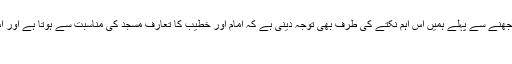
امام اور خطیب کی ذمہ داری سمجھنے سے پہلے ہمیں اس اہم نکتے کی طرف بھی توجہ دینی ہے کہ امام اور خطیب کا تعارف مسجد کی مناسبت سے ہوتا ہے اور اس کی تمام تر ذمہ داریاں بھی ...
"جہاد ۔